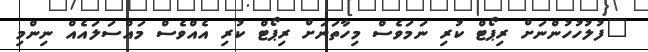
"ފުލުހުހުންނަށް ރިޕޯޓް ކުރި ނަމަވެސް މިހާތަނަށް ރިޕޯޓް ކުރި އެއްވެސް މައްސަލައެއް ނިންމި